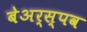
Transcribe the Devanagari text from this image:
बेअर्स्पव